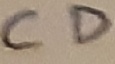
Text: CD